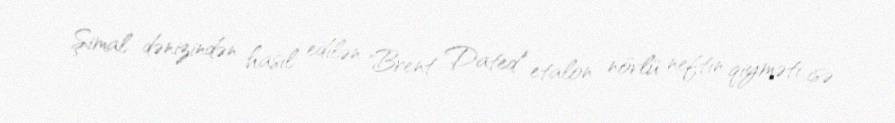
Şimal dənizindən hasil edilən "Brent Dated" etalon növlü neftin qiyməti isə